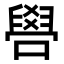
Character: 𠿟